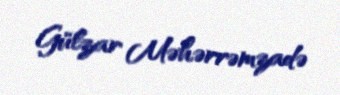
Gülzar Məhərrəmzadə